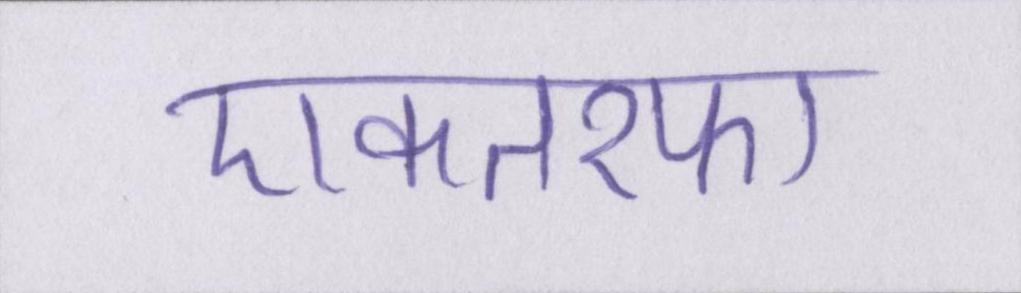
एकतरफा